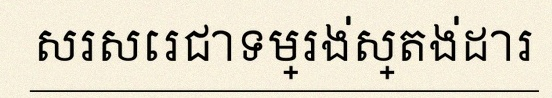
សរសេរជាទម្រង់ស្តង់ដារ